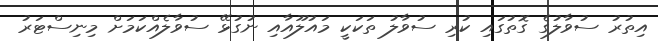
އިތުރު ސުވާލުގެ ގޮތުގައި ކުރި ސުވާލު ތަކަކީ މައުލޫއާއި ނުގުޅޭ ސުވާލެއްކަމަށް މިނިސްޓަރު